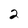
Character: 2